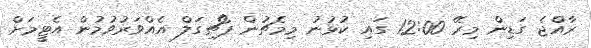
ރާއްޖެ ގަޑިން މިރޭ 12:00 ގައި ކުޅުނު މިމެޗުން ޕޯޗިގަލް އެއްވަރުވުމުން އެޓީމަށް